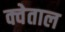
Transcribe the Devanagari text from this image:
क्वेताल